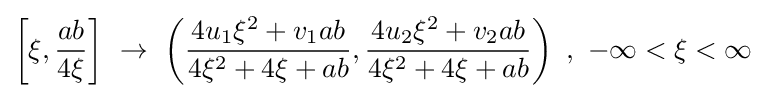
\left[\xi ,{\frac {ab}{4\xi }}\right]\ \rightarrow \ \left({\frac {4u_{1}\xi ^{2}+v_{1}ab}{4\xi ^{2}+4\xi +ab}},{\frac {4u_{2}\xi ^{2}+v_{2}ab}{4\xi ^{2}+4\xi +ab}}\right)\ ,\ -\infty <\xi <\infty \